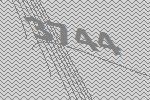
3744